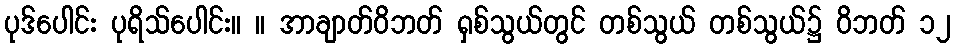
ပုဒ်ပေါင်း ပုရိသ်ပေါင်း။ ။ အာချာတ်ဝိဘတ် ရှစ်သွယ်တွင် တစ်သွယ် တစ်သွယ်၌ ဝိဘတ် ၁၂